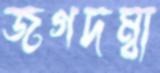
জগদম্বা